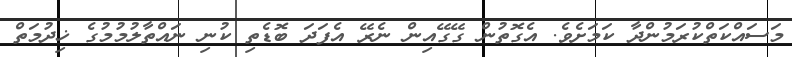
މަސައްކަތްކުރަމުންދާ ކަމަށެވެ. އެގޮތުން ގޭގޭއިން ނެރޭ އެފަދަ ބޮޑެތި ކުނި ނައްތާލުމުމުގެ ޚިދުމަތް